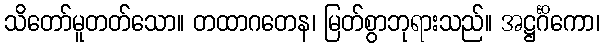
သိတော်မူတတ်သော။ တထာဂတေန၊ မြတ်စွာဘုရားသည်။ အဋ္ဌင်္ဂိကော၊